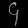
Digit: ၄